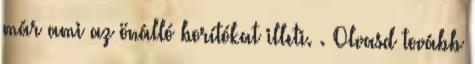
már ami az önálló borítókat illeti. . Olvasd tovább